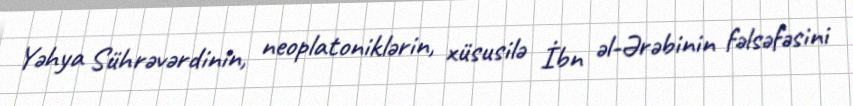
Yəhya Sührəvərdinin, neoplatoniklərin, xüsusilə İbn əl-Ərəbinin fəlsəfəsini